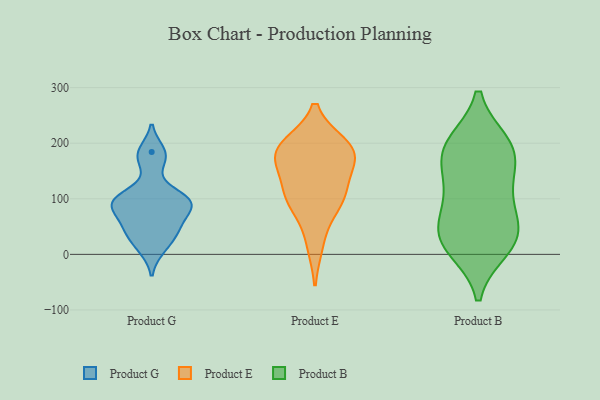
{"axis": {"x": "Customer Acquisition Cost (USD)", "y": "Value"}, "legend": ["Product B", "Product E", "Product G"], "data": [{"x": "", "y": 95, "type": "Product G"}, {"x": "", "y": 82, "type": "Product G"}, {"x": "", "y": 46, "type": "Product G"}, {"x": "", "y": 100, "type": "Product G"}, {"x": "", "y": 171, "type": "Product G"}, {"x": "", "y": 99, "type": "Product G"}, {"x": "", "y": 184, "type": "Product G"}, {"x": "", "y": 11, "type": "Product G"}, {"x": "", "y": 95, "type": "Product G"}, {"x": "", "y": 34, "type": "Product G"}, {"x": "", "y": 59, "type": "Product G"}, {"x": "", "y": 195, "type": "Product E"}, {"x": "", "y": 179, "type": "Product E"}, {"x": "", "y": 182, "type": "Product E"}, {"x": "", "y": 106, "type": "Product E"}, {"x": "", "y": 114, "type": "Product E"}, {"x": "", "y": 86, "type": "Product E"}, {"x": "", "y": 161, "type": "Product E"}, {"x": "", "y": 181, "type": "Product E"}, {"x": "", "y": 196, "type": "Product E"}, {"x": "", "y": 19, "type": "Product E"}, {"x": "", "y": 103, "type": "Product E"}, {"x": "", "y": 99, "type": "Product B"}, {"x": "", "y": 41, "type": "Product B"}, {"x": "", "y": 192, "type": "Product B"}, {"x": "", "y": 106, "type": "Product B"}, {"x": "", "y": 12, "type": "Product B"}, {"x": "", "y": 42, "type": "Product B"}, {"x": "", "y": 181, "type": "Product B"}, {"x": "", "y": 190, "type": "Product B"}, {"x": "", "y": 198, "type": "Product B"}, {"x": "", "y": 144, "type": "Product B"}, {"x": "", "y": 33, "type": "Product B"}, {"x": "", "y": 22, "type": "Product B"}]}